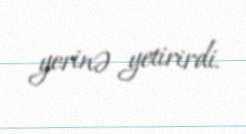
yerinə yetirirdi.